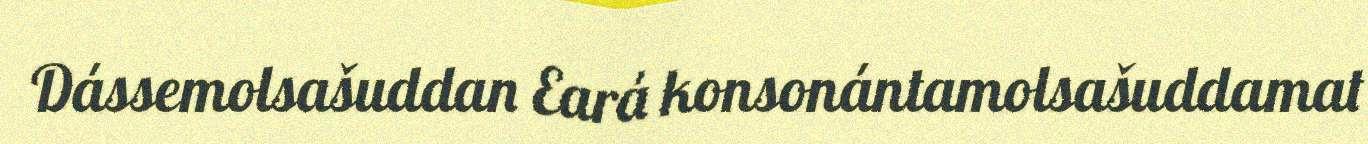
Dássemolsašuddan Eará konsonántamolsašuddamat